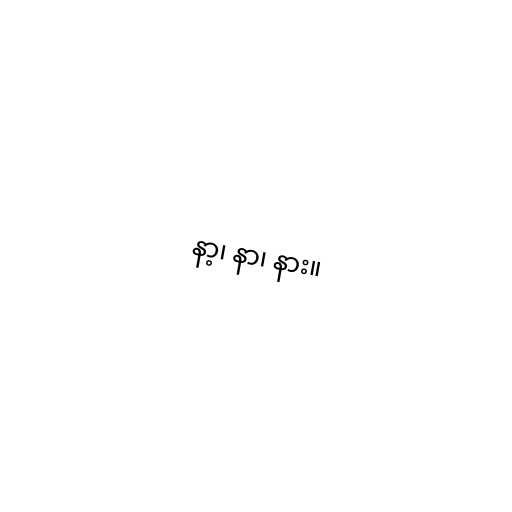
နာ့၊ နာ၊ နား။